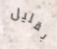
بقليل